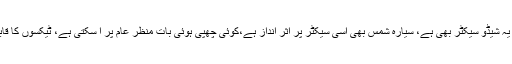
سیارہ مریخ 12ویں خانے میں ہے، یہ شیڈو سیکٹر بھی ہے، سیارہ شمس بھی اسی سیکٹر پر اثر انداز ہے،کوئی چھپی ہوئی بات منظر عام پر آ سکتی ہے، ٹیکسوں کا قابل حل مسئلہ بھی رونما ہو سکتا ہے۔